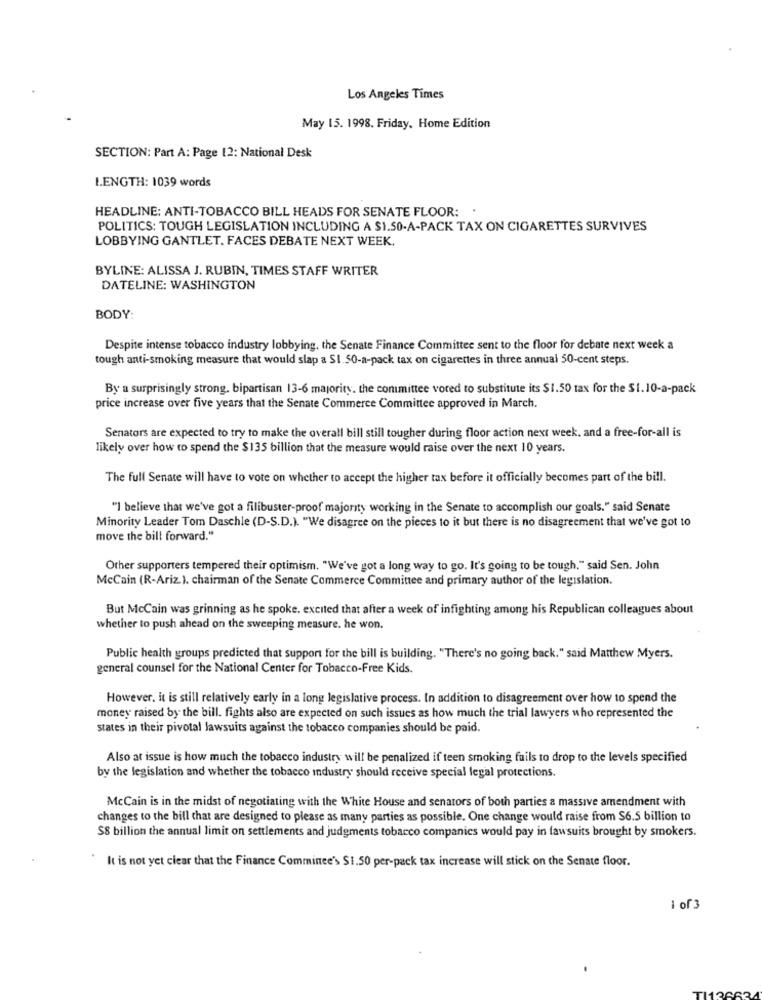
Los Angeles Times
May 15. 1998. Friday. Home Edition
SECTION: Part A: Page 12: National Desk
LENGTH: 1039 words
HEADLINE: ANTI-TOBACCO BILL HEADS FOR SENATE FLOOR: .
POLITICS: TOUGH LEGISLATION INCLUDING A $1.50-A-PACK TAX ON CIGARETTES SURVIVES
LOBBYING GANTLET. FACES DEBATE NEXT WEEK.
BYLINE: ALISSA J. RUBIN, TIMES STAFF WRITER
DATELINE: WASHINGTON
BODY:
Despite intense tobacco industry lobbying. the Senate Finance Committee sent to the floor for debate next week a
tough anti-smoking measure that would slap a SI. 50-a-pack tax on cigarettes in three annual 50-cent steps.
By a surprisingly strong. bipartisan 13-6 majority. the committee vored to substitute its $1.50 tax for the $1.10-a-pack
price increase over five years that the Senate Commerce Committee approved in March.
Senators are expected to try to make the overall bill still tougher during floor action next week, and a free-for-all is
likely over how to spend the $135 billion that the measure would raise over the next 10 years.
The full Senate will have to vote on whether to accept the higher tax before it officially becomes part of the bill.
"I believe that we've got a filibuster-proof majority working in the Senate to accomplish our goals." said Senate
Minority Leader Tom Daschle (D-S.D.). "We disagree on the pieces to it but there is no disagreement that we've got to
move the bill forward."
Other supporters tempered their optimism. "We've got a long way to go. It's going to be tough," said Sen. John
McCain (R-Ariz. ). chairman of the Senate Commerce Committee and primary author of the legislation.
But McCain was grinning as he spoke. excited that after a week of infighting among his Republican colleagues about
whether to push ahead on the sweeping measure. he won.
Public health groups predicted that support for the bill is building. "There's no going back." said Matthew Myers.
general counsel for the National Center for Tobacco-Free Kids.
However, it is still relatively early in a long legislative process. In addition to disagreement over how to spend the
money raised by the bill. fights also are expected on such issues as how much the trial lawyers who represented the
states in their pivotal lawsuits against the tobacco companies should be paid.
Also at issue is how much the tobacco industry will be penalized if teen smoking fails to drop to the levels specified
by the legislation and whether the tobacco industry should receive special legal protections.
McCain is in the midst of negotiating with the White House and senators of both parties a massive amendment with
changes to the bill chat are designed to please as many parties as possible. One change would raise from $6.5 billion to
S8 billion the annual limit on settlements and judgments tobacco companies would pay in lawsuits brought by smokers.
It is not yet clear that the Finance Comminee's $1.50 per-pack tax increase will stick on the Senate floor.
1 of 3